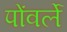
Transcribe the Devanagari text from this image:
पोंवर्ले